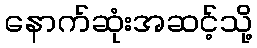
နောက်ဆုံးအဆင့်သို့